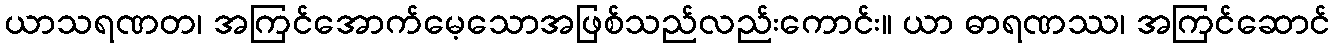
ယာသရဏတ၊ အကြင်အောက်မေ့သောအဖြစ်သည်လည်းကောင်း။ ယာ ဓာရဏဿ၊ အကြင်ဆောင်